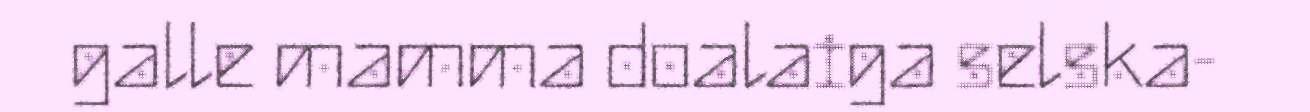
galle mamma doalaiga selska-